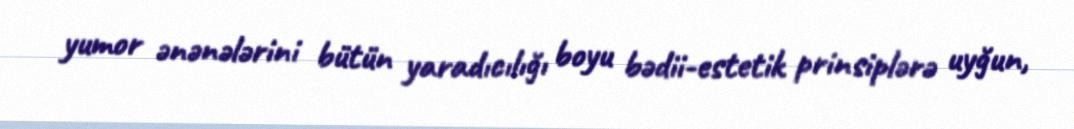
yumor ənənələrini bütün yaradıcılığı boyu bədii-estetik prinsiplərə uyğun,